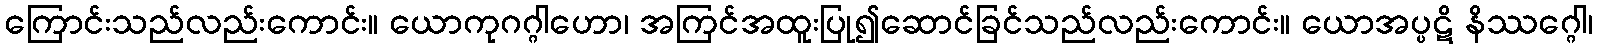
ကြောင်းသည်လည်းကောင်း။ ယောကုဂဂ္ဂါဟော၊ အကြင်အထူးပြု၍ဆောင်ခြင်သည်လည်းကောင်း။ ယောအပ္ပဋိ နိဿဂ္ဂေါ၊